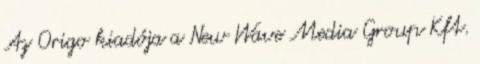
Az Origo kiadója a New Wave Media Group Kft.